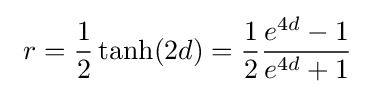
\ r={\frac {1}{2}}\tanh(2d)={\frac {1}{2}}{\frac {e^{4d}-1}{e^{4d}+1}}